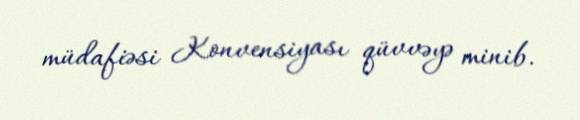
müdafiəsi Konvensiyası qüvvəyə minib.